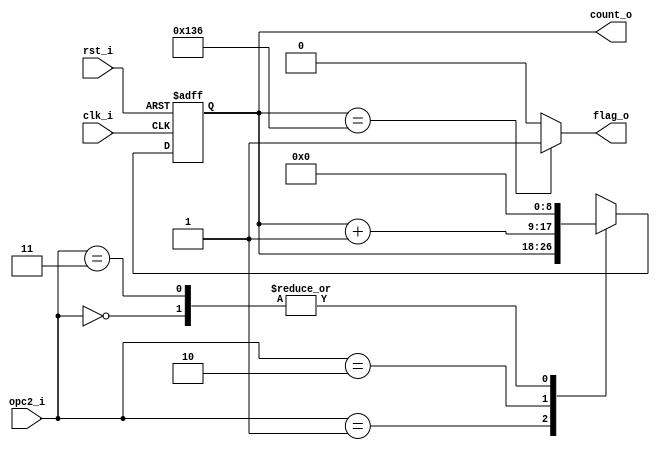
// Name: counter_w.v
//
// Description: Contador descendente utilizado para contar los 25 ciclos de dclk.

module counter_address #(
  parameter Width = 9
) (
  input              rst_i,
  input              clk_i,
  input  [1:0]       opc2_i,
  output [Width-1:0] count_o,
  output             flag_o
);

  reg [Width-1:0] mux_d, reg_q;

  always @(opc2_i, reg_q) begin
    case (opc2_i)
      2'b00   : mux_d = 9'd0;
      2'b01   : mux_d = reg_q;
      2'b10   : mux_d = reg_q + 9'd1;
      2'b11   : mux_d = 9'd0;
      default : mux_d = 9'd0;
    endcase
  end
  
  always @(posedge clk_i, posedge rst_i) begin
    if (rst_i)
      reg_q <= 9'd0;
    else
      reg_q <= mux_d;
  end
  
  assign count_o = reg_q;
  
  assign flag_o = (reg_q == 9'd310) ? 1'b1 : 1'b0;
  
endmodule